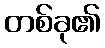
တစ်ခု၏